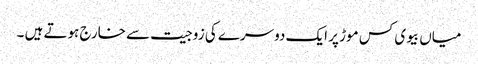
میاں بیوی کس موڑ پر ایک دوسرے کی زوجیت سے خارج ہوتے ہیں ۔